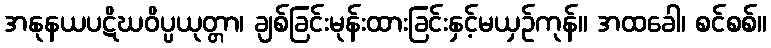
အနုနယပဋိဃဝိပ္ပယုတ္တာ၊ ချစ်ခြင်းမုန်းထားခြင်းနှင့်မယှဉ်ကုန်။ အထခေါ၊ စင်စစ်။